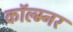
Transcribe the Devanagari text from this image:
कॉल्म्नर